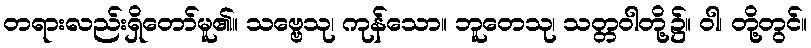
တရားလည်းရှိတော်မူ၏။ သဗ္ဗေသု၊ ကုန်သော။ ဘူတေသု၊ သတ္တဝါတို့၌။ ဝါ၊ တို့တွင်။